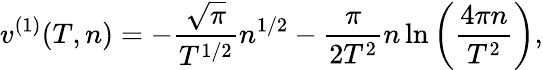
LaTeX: v^{(1)}(T,n)=-\frac{\sqrt{\pi}}{T^{1/2}}n^{1/2}-\frac{\pi}{2T^{2}}n\ln\left(\frac{4\pi n}{T^{2}}\right),